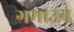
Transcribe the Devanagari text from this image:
गमाउन